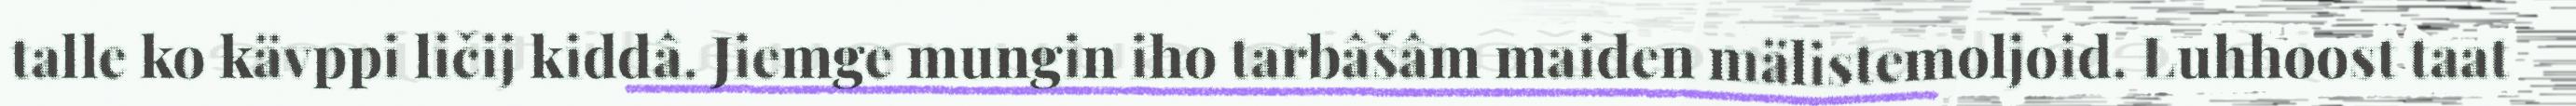
talle ko kävppi ličij kiddâ. Jiemge mungin iho tarbâšâm maiden mälistemoljoid. Luhhoost taat